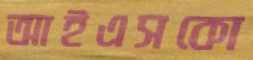
আইএসকো